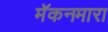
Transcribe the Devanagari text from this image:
मॅकनमारा